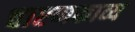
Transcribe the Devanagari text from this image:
चारणकाव्य